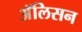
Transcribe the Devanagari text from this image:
अॅलिसन